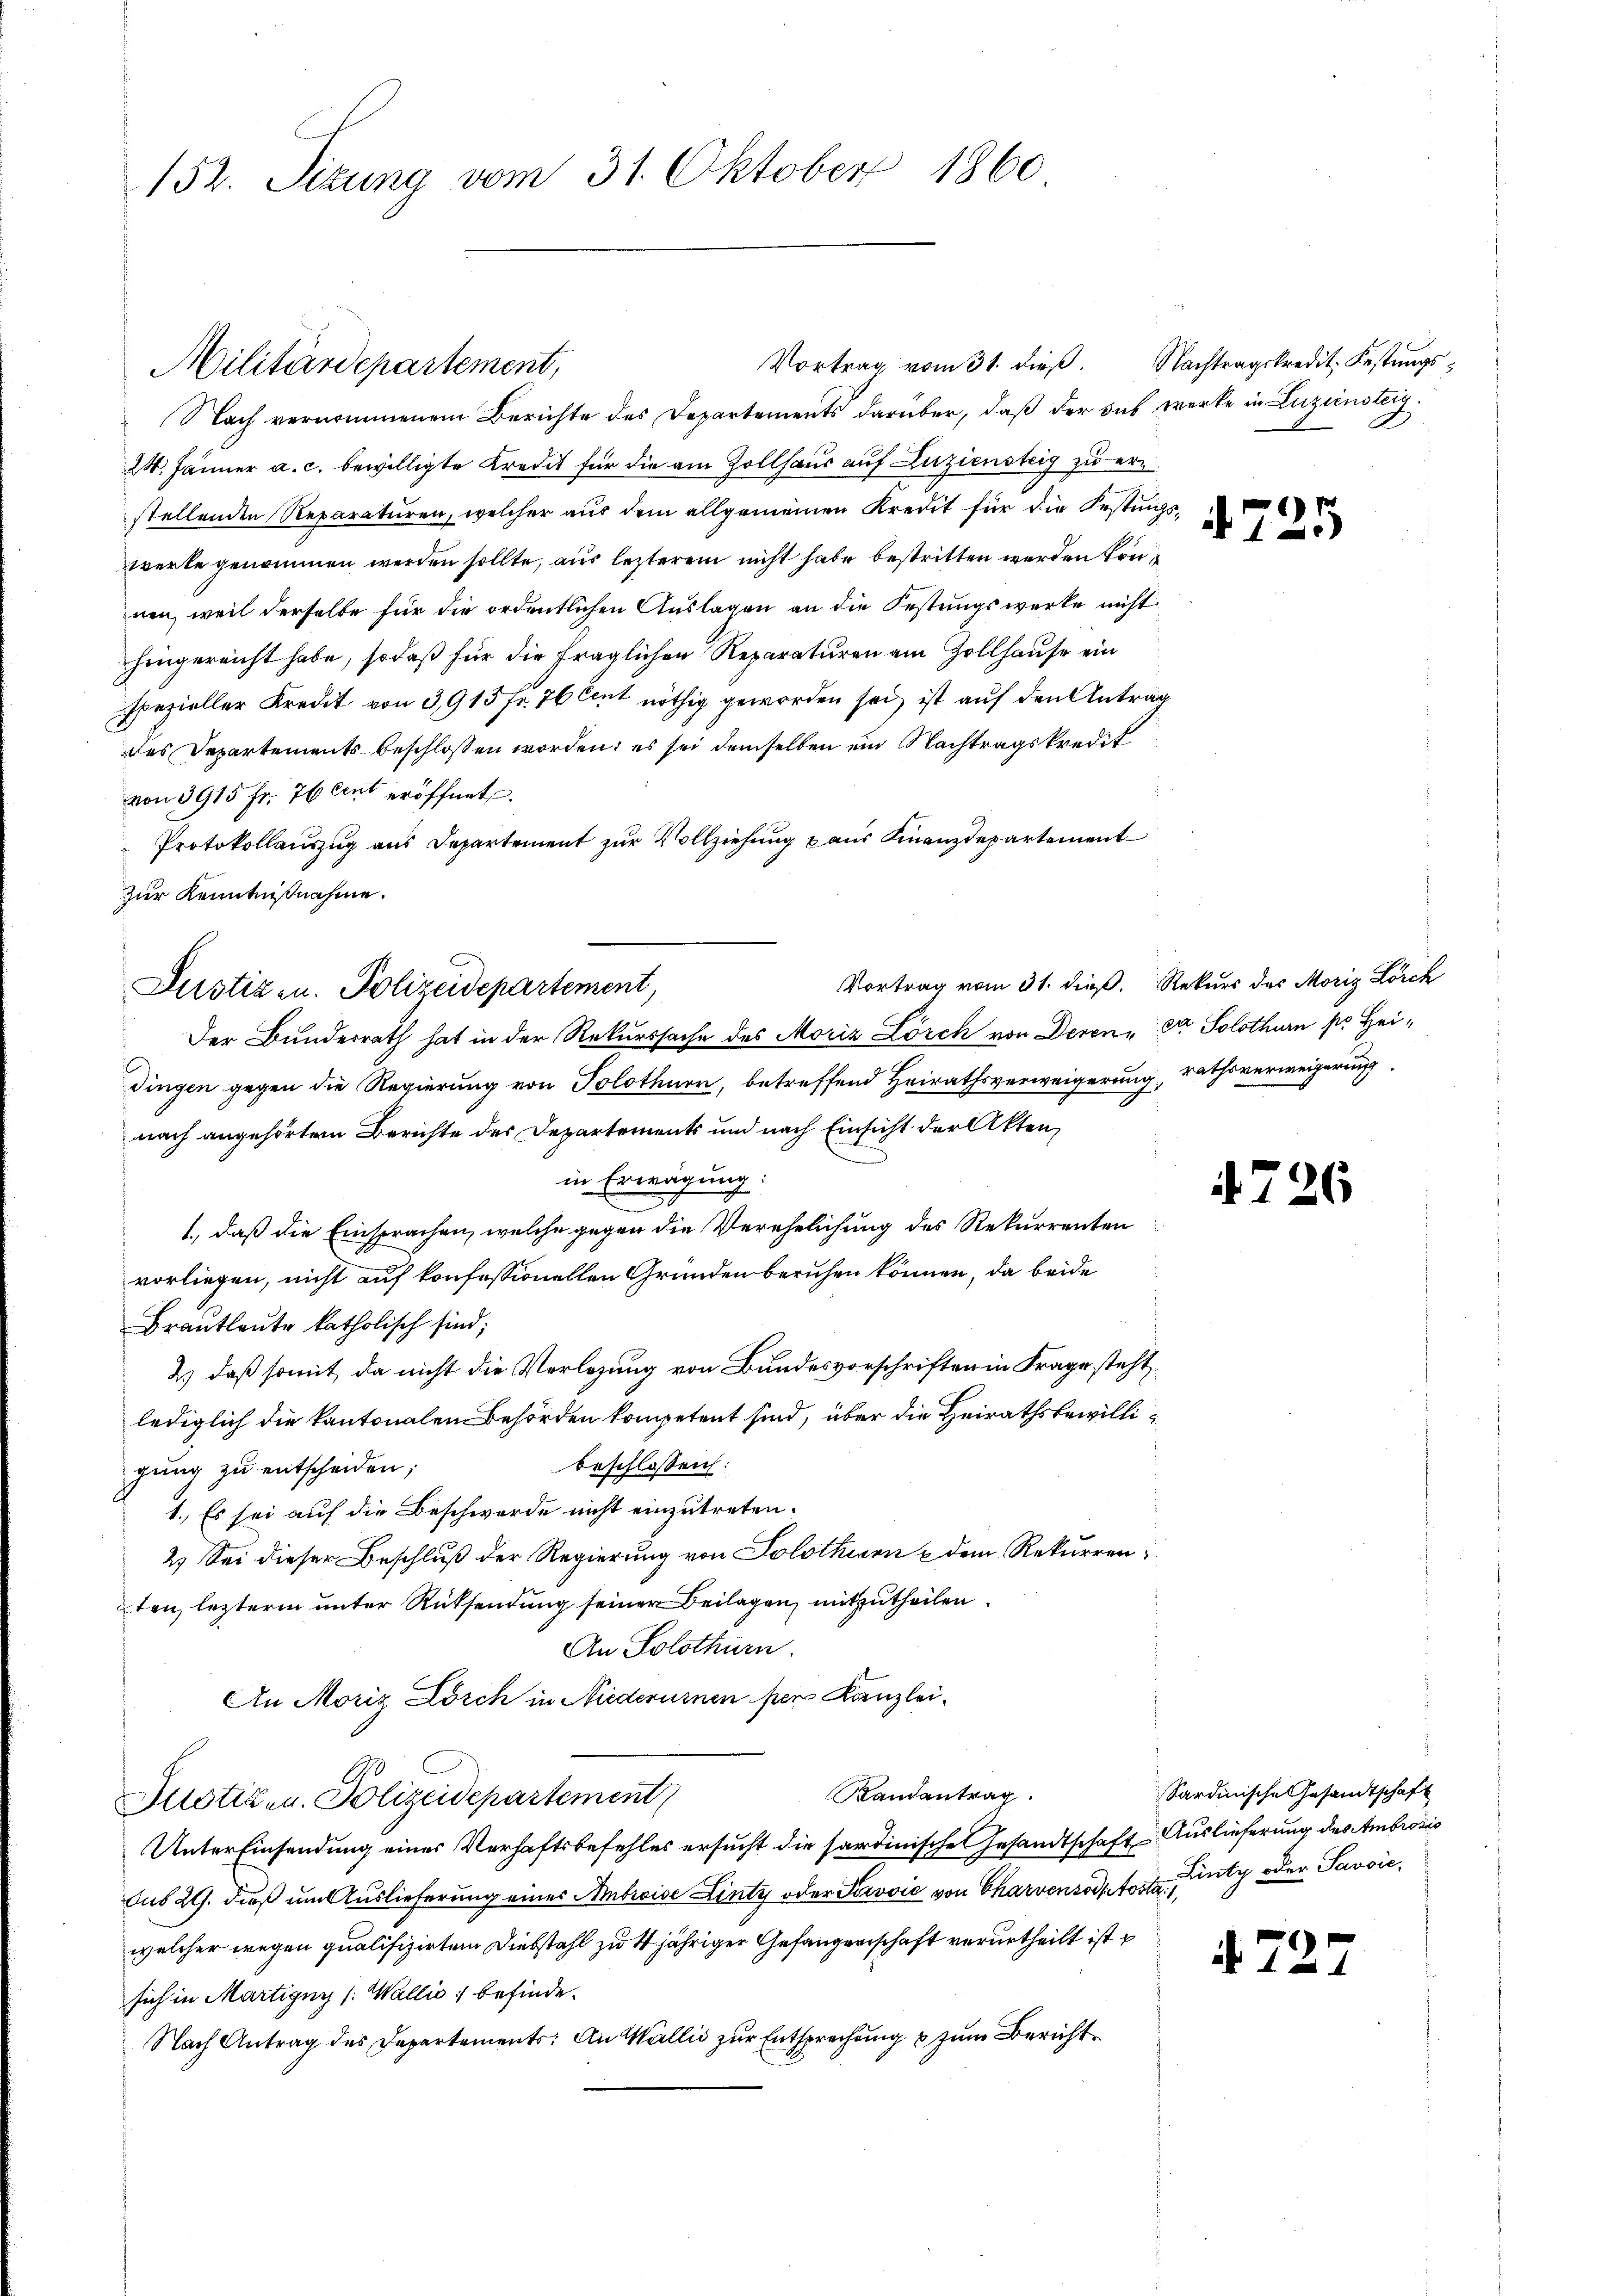
152. Sizung vom 31. Oktober 1860

Nach vernommenem Berichte des Departements darüber, daß der sich werke in Luziensteig
24. Jänner a. c. bewilligte Kredit für die am Zollhaus auf Zuziensteig zu erstellenden Reparaturen, welcher aŭs dem allgemeinen Kredit für die Festungs-
werke genommen werden sollte, aus lezterem nicht habe bestritten werden können, weil derselbe für die ordentlichen Auslagen an die Festungswerke nicht
hingereicht habe, sodaß für die fraglichen Reparaturen am Zollhause ein
spezieller Kredit von 3,915 fr. 76 Cent nöthig geworden sei, ist auf den Antrag
des Departements beschlossen worden; es sei demselben ein Nachtragskredit
von 3915 fr. 76 cent eröffnet.
Protokollauszug aus Departement zur Vollziehung aus Finanzdepartement
zur Kenntnißnahme.
Justiz u. Polizeidepartement,
Der Bundesrath hat in der Rekurssache des Moriz Lösch von Deren der Solothurn pr. Heidingen gegen die Regierung von Solothurn, betreffend Heirathsverweigerung, rathsverweigerung
nach angehörtem Berichte des Departements und nach Einsicht der Akten,
in Erwägung:
.
1., daß die Einsprachen, welche gegen die Verehelichung des Rekurrenten
vorliegen, nicht auf konfessionellen Gründen beruhen können, da beide
Brautleute katholisch sind;
2.) daß somit, da nicht die Verlegung von Bundesvorschriften in Frage steht,
lediglich die kantonalen Behörden kompetent sind, über die Heirathsbewillibeschlossen:
gung zu entscheiden;
1. Es sei auf die Beschwerde nicht einzutreten.
2.) Sei dieser Beschluß der Regierung von Solothurn u dem Rekurrenten, letzterm unter Rücksendung seiner Beilagen, mitzutheilen.
An Solothurn.
An Moriz Dosch in Niederumnen per Kanzlei-
Randantrag.
Justizen. Polizeidepartement
Unter Einsendung eines Verhaftsbefehles ersucht die sardinische Gesandtschaft Auslieferung der Ambrosis
dus 29. dieß um Auslieferung eines Abreise Linty oder Prović von Charvensodptort Buty oder Pavvicwelcher wegen qualifizirtem Diebstahl zu 4 jähriger Gefangenschaft verurtheilt ist
sich in Martigny (Wallis, befinde.
Nach Antrag des Departements: An Wallis zur Entsprechung & zum Bericht¬

Vortrag vom 31. dieβ. Nachtragskredit. Festungs¬
Militärdepartement,

) pr
1

Vortrag vom 31. dieß. Rekurs des Moriz Lorch

4726

Sardinische Gesandtschaft

A. 727